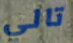
تالي